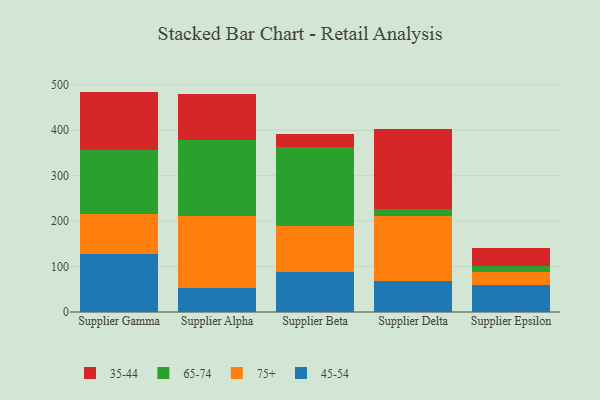
{"axis": {"x": "Supplier", "y": "Temperature (°C)"}, "legend": ["35-44", "45-54", "65-74", "75+"], "data": [{"x": "Supplier Gamma", "y": 128.2, "type": "45-54"}, {"x": "Supplier Gamma", "y": 87.6, "type": "75+"}, {"x": "Supplier Gamma", "y": 139.5, "type": "65-74"}, {"x": "Supplier Gamma", "y": 129.5, "type": "35-44"}, {"x": "Supplier Alpha", "y": 52.1, "type": "45-54"}, {"x": "Supplier Alpha", "y": 158.6, "type": "75+"}, {"x": "Supplier Alpha", "y": 168.1, "type": "65-74"}, {"x": "Supplier Alpha", "y": 100.6, "type": "35-44"}, {"x": "Supplier Beta", "y": 87.7, "type": "45-54"}, {"x": "Supplier Beta", "y": 101.2, "type": "75+"}, {"x": "Supplier Beta", "y": 174.2, "type": "65-74"}, {"x": "Supplier Beta", "y": 28.1, "type": "35-44"}, {"x": "Supplier Delta", "y": 69.2, "type": "45-54"}, {"x": "Supplier Delta", "y": 141.8, "type": "75+"}, {"x": "Supplier Delta", "y": 16.2, "type": "65-74"}, {"x": "Supplier Delta", "y": 174.6, "type": "35-44"}, {"x": "Supplier Epsilon", "y": 59.2, "type": "45-54"}, {"x": "Supplier Epsilon", "y": 27.7, "type": "75+"}, {"x": "Supplier Epsilon", "y": 14.1, "type": "65-74"}, {"x": "Supplier Epsilon", "y": 38.9, "type": "35-44"}]}